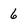
Character: 6